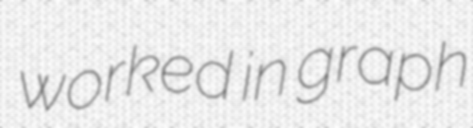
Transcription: worked in graph